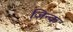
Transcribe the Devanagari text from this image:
जिन्क